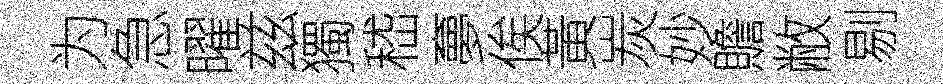
为急曜兹獨嵇夣俟黃炭妙贍敝剔